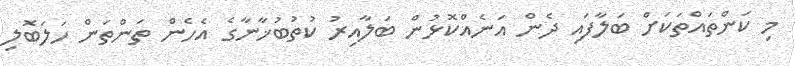
މި ކަންތައްތަކަށް ބަލާފައި ދެން އަނެއްކޮޅުން ބަލާއިރު ކުތުބުޚާނާގެ އެހެން ތަންތަން ހަލަބޮލި